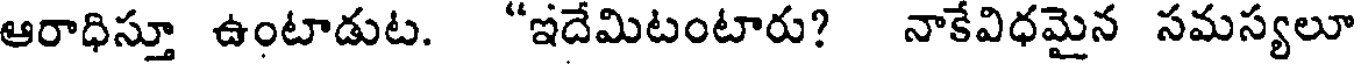
ఆరాధిస్తూ ఉంటాడుట. "ఇదేమిటంటారు? నాకేవిధమైన సమస్యలూ